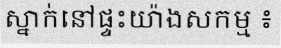
ស្នាក់នៅផ្ទះយ៉ាងសកម្ម ៖